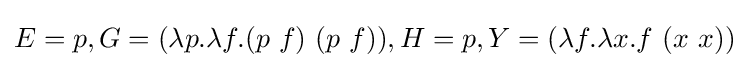
E=p,G=(\lambda p.\lambda f.(p\ f)\ (p\ f)),H=p,Y=(\lambda f.\lambda x.f\ (x\ x))